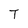
Character: T